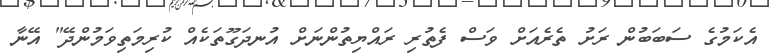
އެކަމުގެ ސަބަބުން ރަށު ތެރެއަށް ވަސް ފެތުރި ރައްޔިތުންނަށް އުނދަގޫތަކެއް ކުރިމަތިވަމުންދޭ" އޭނާ